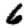
Digit: 6